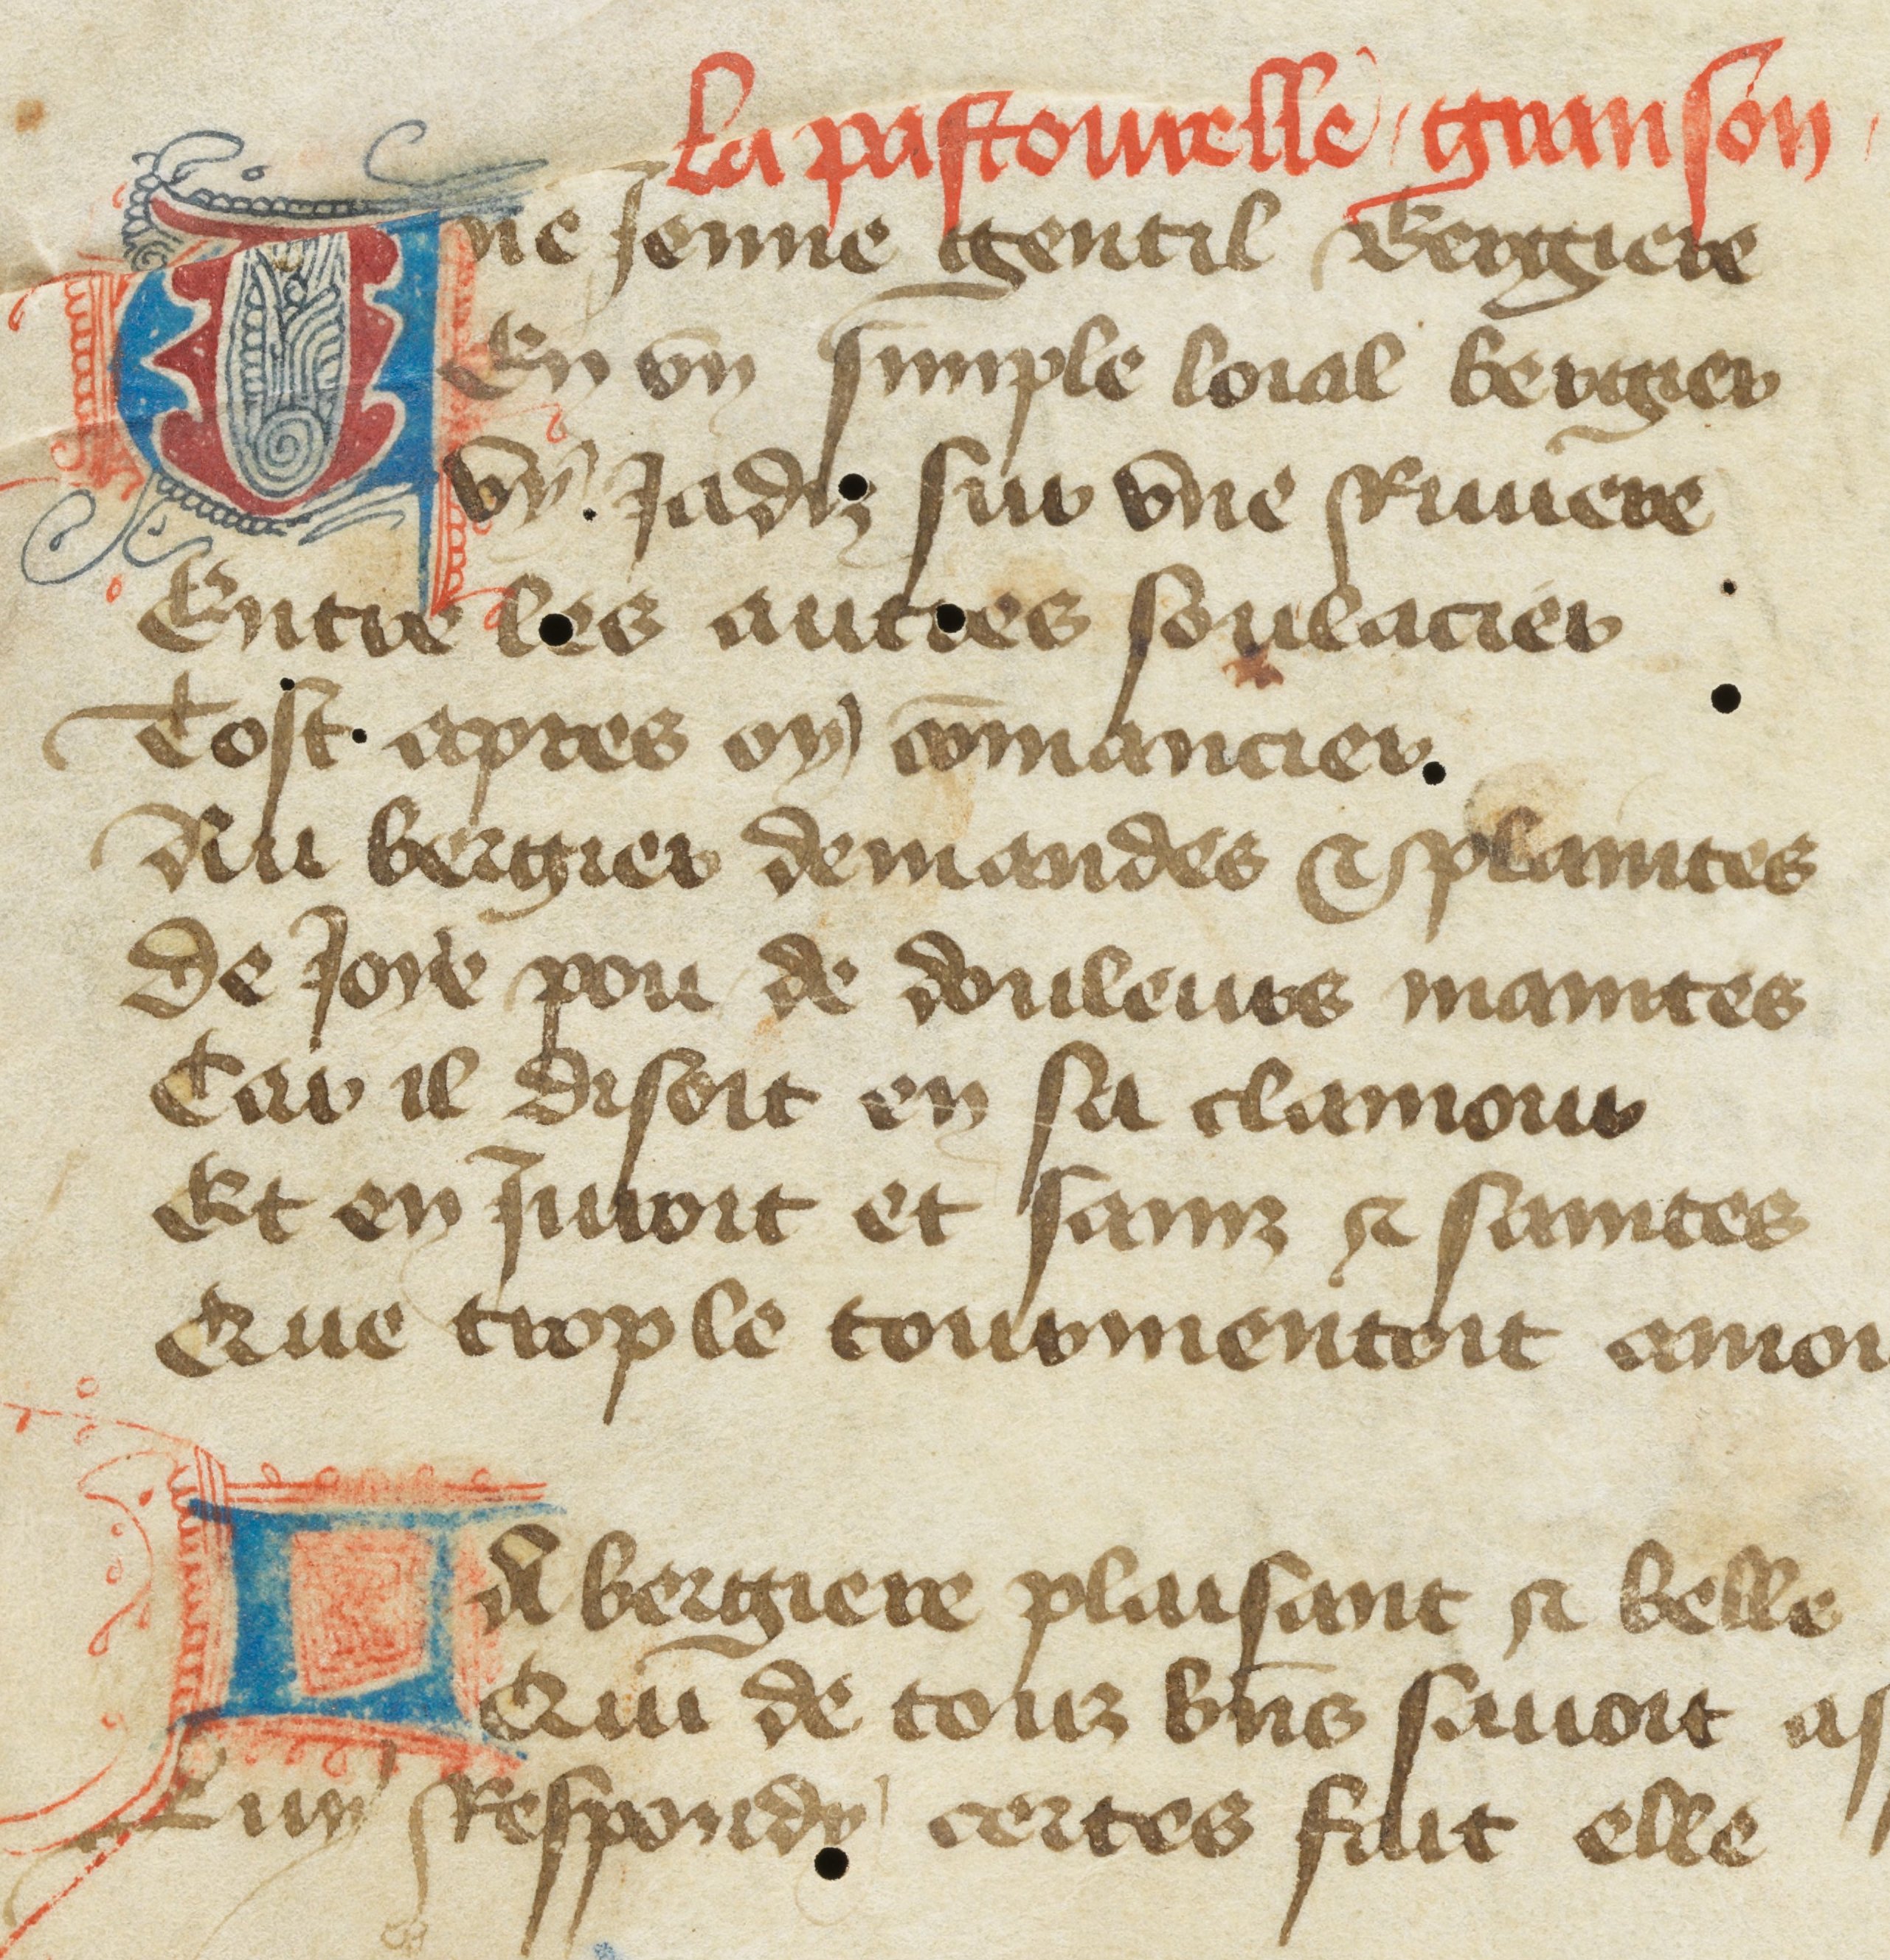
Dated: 1400–1432